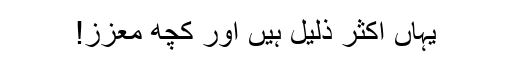
یہاں اکثر ذلیل ہیں اور کچھ معزز!